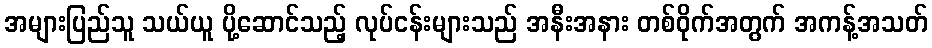
အများပြည်သူ သယ်ယူ ပို့ဆောင်သည့် လုပ်ငန်းများသည် အနီးအနား တစ်ဝိုက်အတွက် အကန့်အသတ်